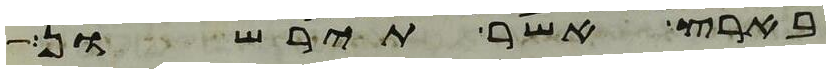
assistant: בארץ אשר תירשון